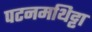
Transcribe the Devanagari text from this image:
पटनमथिट्टा